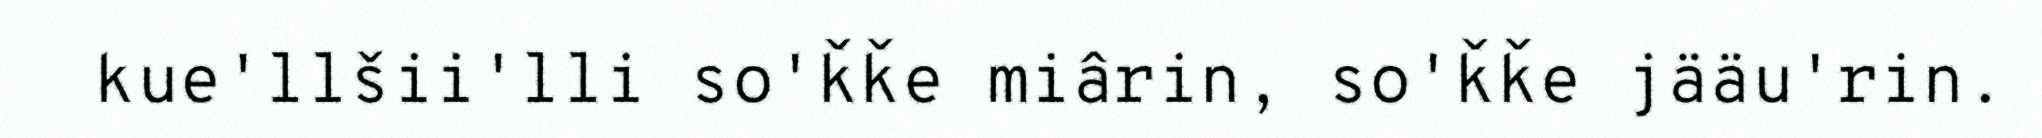
kue'llšii'lli so'ǩǩe miârin, so'ǩǩe jääu'rin.